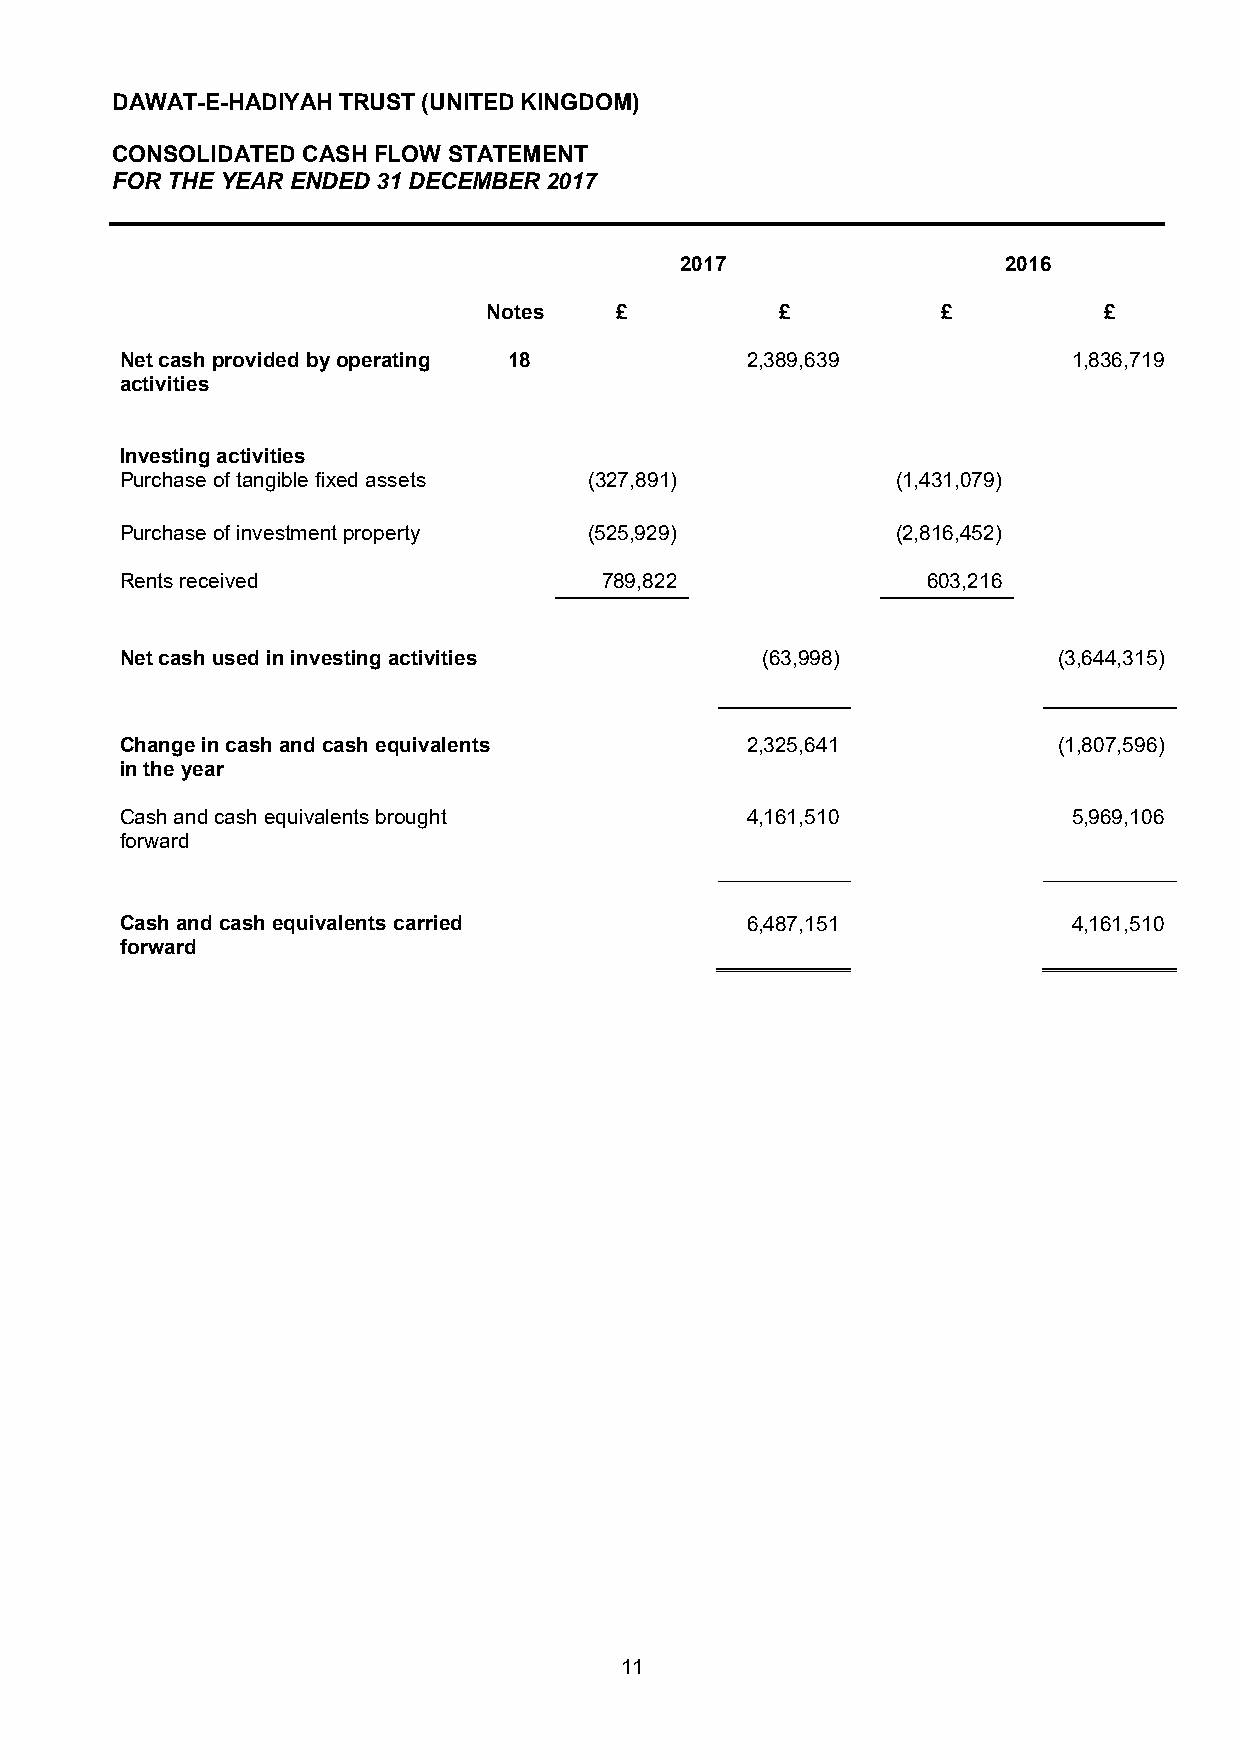
DAWAT-E-HADIYAH TRUST (UNITED KINGDOM)
 CONSOLIDATED CASH FLOW STATEMENT
 FOR THE YEAR ENDED 31 DECEMBER 2017
 2017                  2016
 Notes    £          £         £          £
 Net cash provided by operating 18        2,389,639             1,836,719
 activities
 Investing activities
 Purchase of tangible fixed assets (327,891)        (1,431,079)
 Purchase of investment property (525,929)          (2,816,452)
 Rents received                  789,822              603,216
 Net cash used in investing activities     (63,998)            (3,644,315)
 Change in cash and cash equivalents      2,325,641            (1,807,596)
 in the year
 Cash and cash equivalents brought        4,161,510             5,969,106
 forward
 Cash and cash equivalents carried        6,487,151             4,161,510
 forward
 11